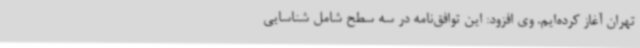
تهران آغاز کرده‌ایم. وی افزود: این توافق‌نامه در سه سطح شامل شناسایی